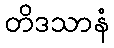
တိဒသာနံ